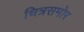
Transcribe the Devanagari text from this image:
चित्रसमोर